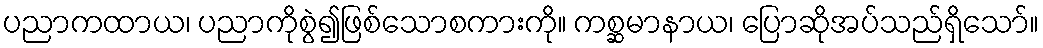
ပညာကထာယ၊ ပညာကိုစွဲ၍ဖြစ်သောစကားကို။ ကစ္ဆမာနာယ၊ ပြောဆိုအပ်သည်ရှိသော်။